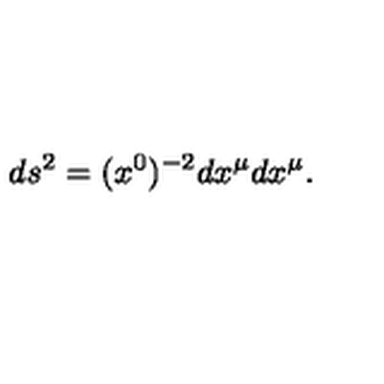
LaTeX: d s ^ { 2 } = ( x ^ { 0 } ) ^ { - 2 } d x ^ { \mu } d x ^ { \mu } .